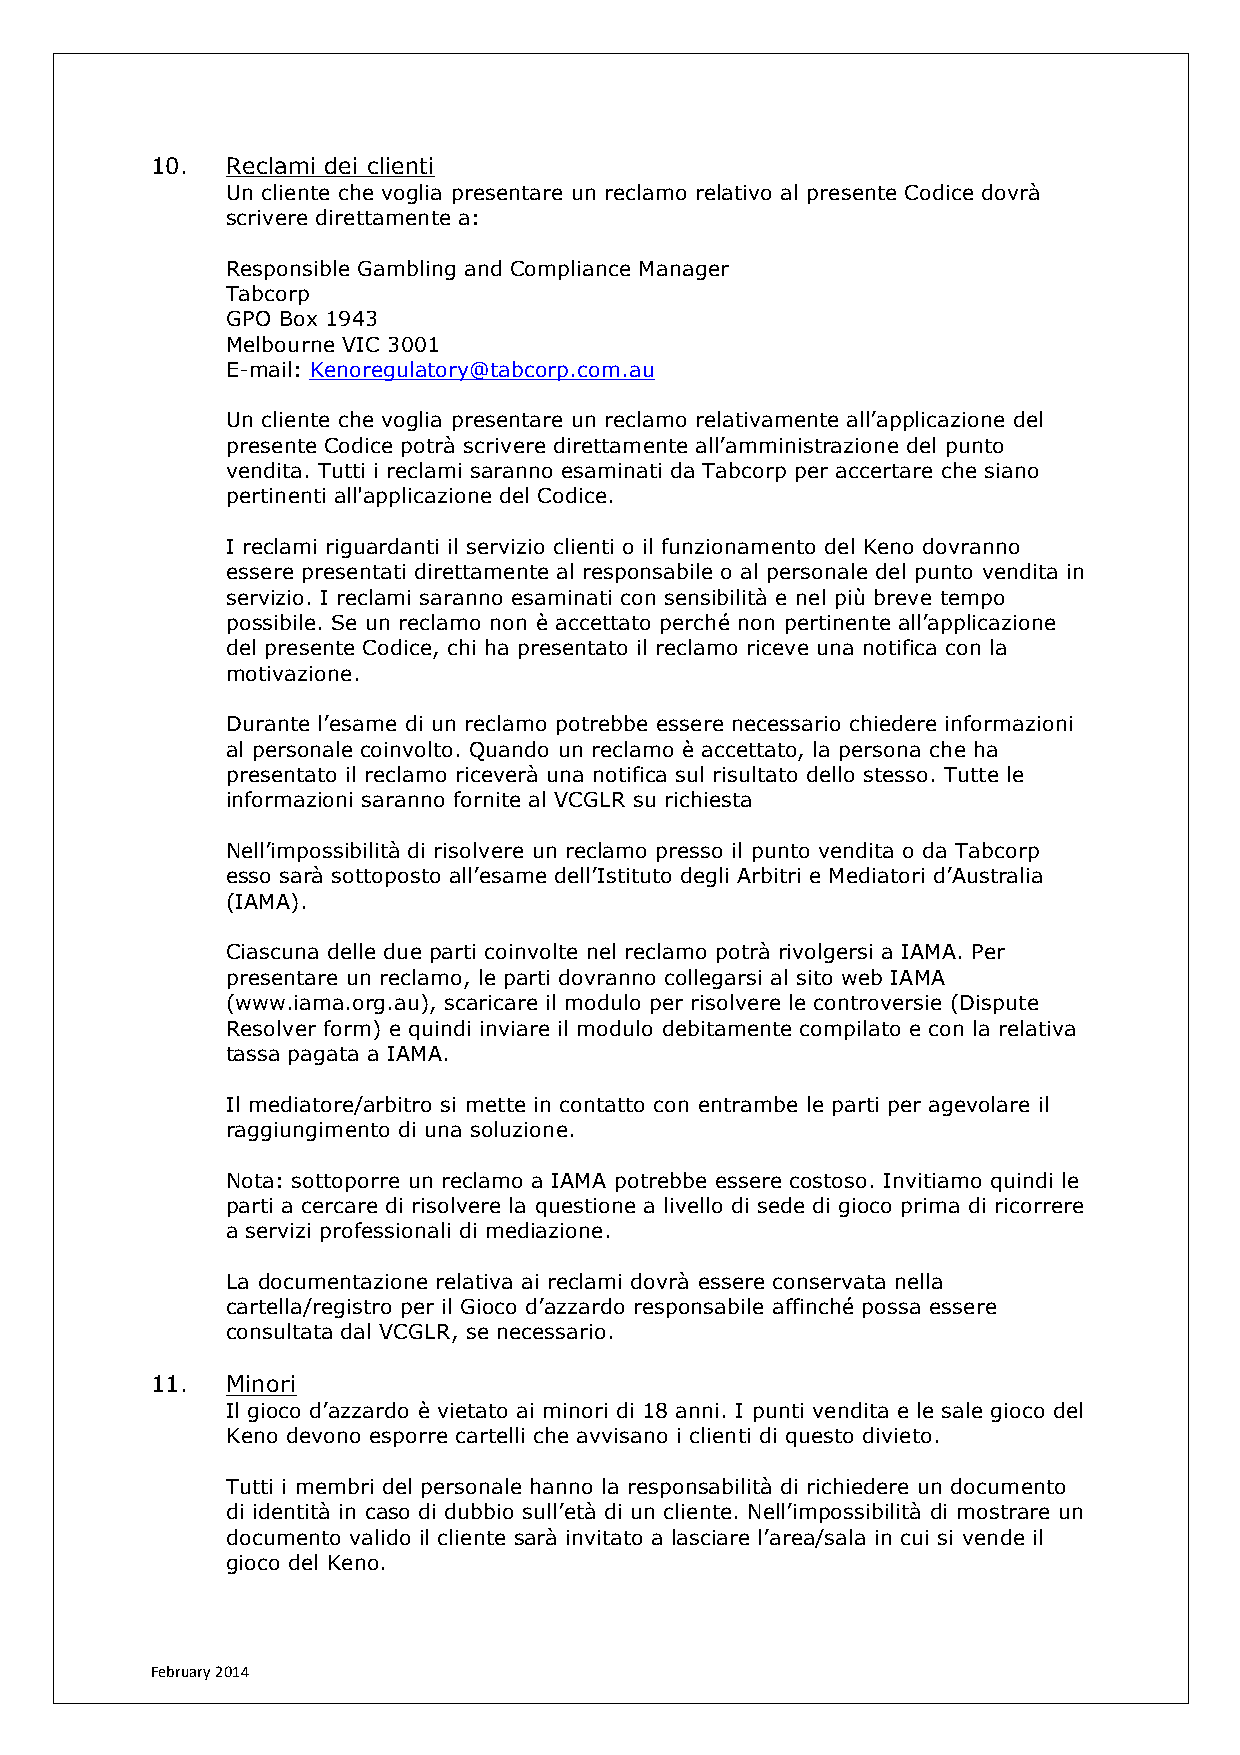
10.  Reclami dei clienti
 Un cliente che voglia presentare un reclamo relativo al presente Codice dovrà
 scrivere direttamente a:
 Responsible Gambling and Compliance Manager
 Tabcorp
 GPO Box 1943
 Melbourne VIC 3001
 E-mail: Kenoregulatory@tabcorp.com.au
 Un cliente che voglia presentare un reclamo relativamente all’applicazione del
 presente Codice potrà scrivere direttamente all’amministrazione del punto
 vendita. Tutti i reclami saranno esaminati da Tabcorp per accertare che siano
 pertinenti all'applicazione del Codice.
 I reclami riguardanti il servizio clienti o il funzionamento del Keno dovranno
 essere presentati direttamente al responsabile o al personale del punto vendita in
 servizio. I reclami saranno esaminati con sensibilità e nel più breve tempo
 possibile. Se un reclamo non è accettato perché non pertinente all’applicazione
 del presente Codice, chi ha presentato il reclamo riceve una notifica con la
 motivazione.
 Durante l’esame di un reclamo potrebbe essere necessario chiedere informazioni
 al personale coinvolto. Quando un reclamo è accettato, la persona che ha
 presentato il reclamo riceverà una notifica sul risultato dello stesso. Tutte le
 informazioni saranno fornite al VCGLR su richiesta
 Nell’impossibilità di risolvere un reclamo presso il punto vendita o da Tabcorp
 esso sarà sottoposto all’esame dell’Istituto degli Arbitri e Mediatori d’Australia
 (IAMA).
 Ciascuna delle due parti coinvolte nel reclamo potrà rivolgersi a IAMA. Per
 presentare un reclamo, le parti dovranno collegarsi al sito web IAMA
 (www.iama.org.au), scaricare il modulo per risolvere le controversie (Dispute
 Resolver form) e quindi inviare il modulo debitamente compilato e con la relativa
 tassa pagata a IAMA.
 Il mediatore/arbitro si mette in contatto con entrambe le parti per agevolare il
 raggiungimento di una soluzione.
 Nota: sottoporre un reclamo a IAMA potrebbe essere costoso. Invitiamo quindi le
 parti a cercare di risolvere la questione a livello di sede di gioco prima di ricorrere
 a servizi professionali di mediazione.
 La documentazione relativa ai reclami dovrà essere conservata nella
 cartella/registro per il Gioco d’azzardo responsabile affinché possa essere
 consultata dal VCGLR, se necessario.
 11.  Minori
 Il gioco d’azzardo è vietato ai minori di 18 anni. I punti vendita e le sale gioco del
 Keno devono esporre cartelli che avvisano i clienti di questo divieto.
 Tutti i membri del personale hanno la responsabilità di richiedere un documento
 di identità in caso di dubbio sull’età di un cliente. Nell’impossibilità di mostrare un
 documento valido il cliente sarà invitato a lasciare l’area/sala in cui si vende il
 gioco del Keno.
 February 2014